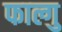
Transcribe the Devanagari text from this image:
फाल्गु